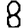
Digit: 8